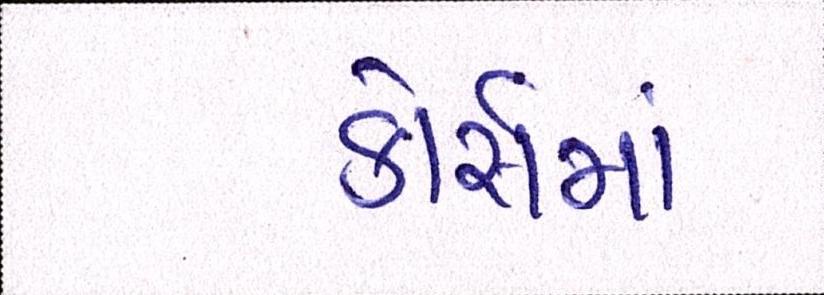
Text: કોસૅમાં